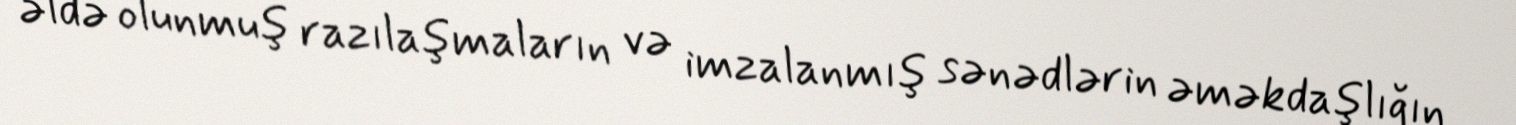
əldə olunmuş razılaşmaların və imzalanmış sənədlərin əməkdaşlığın